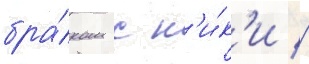
бра́ком с н'и́к'и //